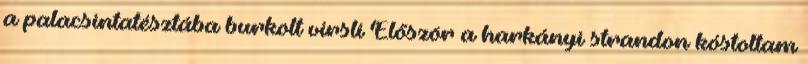
a palacsintatésztába burkolt virsli Először a harkányi strandon kóstoltam